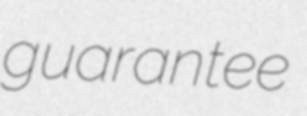
guarantee